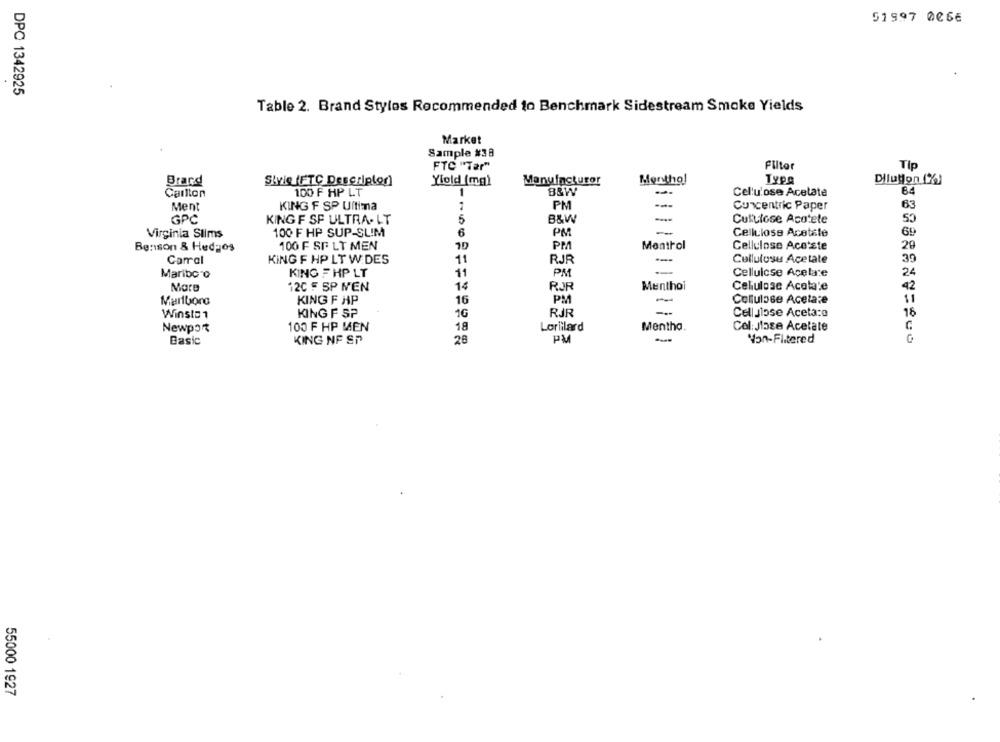
51997 0066
DPC 1342925
Table 2. Brand Styles Recommended to Benchmark Sidestream Smoke Yields
Market
Sample #38
FTC "Tar"
Filter
Tip
Brard
Style (FTC Descriptor]
Yiold (mg)
Manufacturer
Menthol
Type
Dilution (%)
Carlton
100 F HP LT
1
B&W
Cellulose Acetate
B4
Ment
KING F SP Ultima
1
PM
---
Concentric Paper
63
GPC
KING F SF ULTRA- LT
5
B&W
Cultlose Acutete
53
Virginia Slims
100 F HP SUP-SLIM
6
PM
Cellulose Acetile
69
1D
PM
Menthol
Cellulose Acetste
Benson & Hedgos
100 F SF LT MEN
20
Carral
KING F HP LT W DES
11
RJR
---
Cellulosu Acetate
39
Maribo o
KING F HP LT
11
PM
Cellulose Acelate
24
More
12C 5 SP MEN
14
RJR
Menthoi
Celulose Acelate
42
KING F HP
16
PM
Colfulose Acetate
11
RJR
---
Winston
KING F SP
1G
Cellulose Aceta:o
16
18
Lorillard
Mentha
Col: Jose Acetate
Newpor
100 F HP MEN
Basic
KING NF SP
28
PM
-
Non-Flitered
55000 1927